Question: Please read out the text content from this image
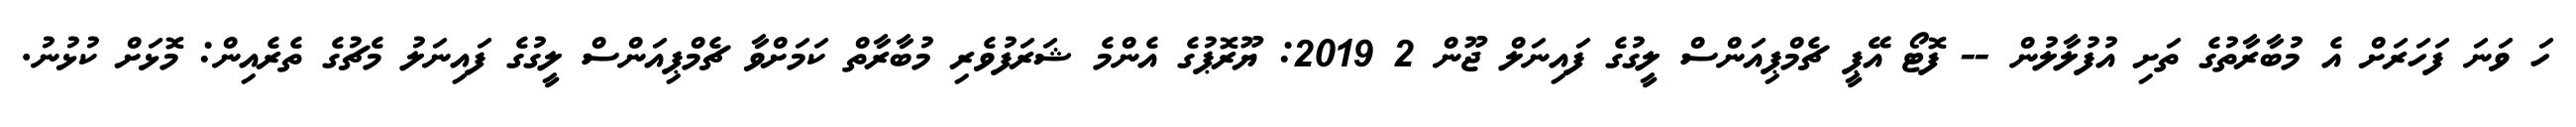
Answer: ހަ ވަނަ ފަހަރަށް އެ މުބާރާތުގެ ތަށި އުފުލާލުން -- ފޮޓޯ އޭޕީ ޗެމްޕިއަންސް ލީގުގެ ފައިނަލް ޖޫން 2 2019: ޔޫރޮޕުގެ އެންމެ ޝަރަފުވެރި މުބާރާތް ކަމަށްވާ ޗެމްޕިއަންސް ލީގުގެ ފައިނަލު މެޗުގެ ތެރެއިން: މޮޅަށް ކުޅުނު.